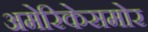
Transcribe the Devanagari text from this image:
अमेरिकेसमोर